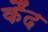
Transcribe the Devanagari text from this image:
कैंद